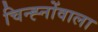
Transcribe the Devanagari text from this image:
चिन्ह्नोंवाला